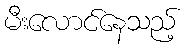
မီးလောင်နေသည့်